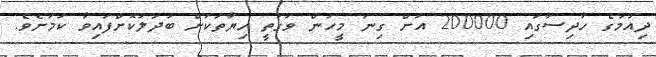
ދިއުމުގެ ހާދިސާގައި 200000 އަށް ގިނަ މީހުން ވަގުތީ ހިޔާތަކަށް ބަދަލުކޮށްފައިވާ ކަމަށެވެ.